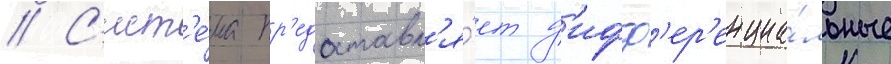
// С'ист'е́ма пр'едоставл'я́ет д'ифф'ер'енциа́льные